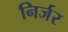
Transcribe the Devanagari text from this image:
निर्जर